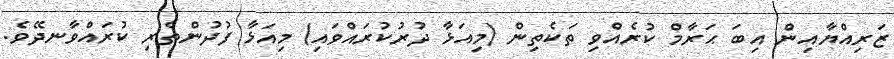
ޒަރިއްޔާއިން އިބަ ޙަރާމް ކުރެއްވި ތަކެތިން (މިއަޅާ ދުރުކުރައްވައި) މިއަޅާ ފުދުންތެރި ކުރައްވާނދޭވެ.